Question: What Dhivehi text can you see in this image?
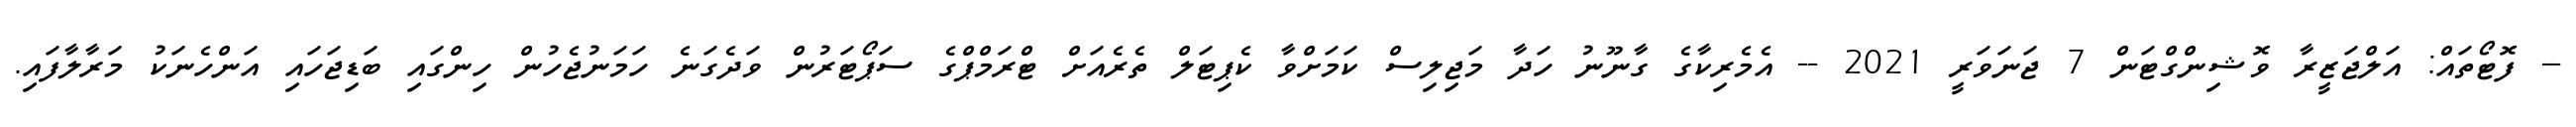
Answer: -- ފޮޓޯތައް: އަލްޖަޒީރާ ވޮޝިންގްޓަން 7 ޖަނަވަރީ 2021 -- އެމެރިކާގެ ގާނޫނު ހަދާ މަޖިލިސް ކަމަށްވާ ކެޕިޓަލް ތެރެއަށް ޓްރަމްޕްގެ ސަޕޯޓަރުން ވަދެގަނެ ހަމަނުޖެހުން ހިންގައި ބަޑިޖަހައި އަންހެނަކު މަރާލާފައި.